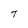
Character: T